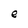
Character: e